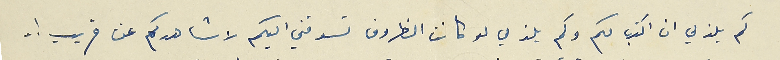
كم يلذني ان اكتب لكم وكم يلذني لو كانت الظروف تسوقني اليكم لاشاهدكم عن قريب ! ..